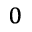
_ 0